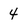
Character: 4